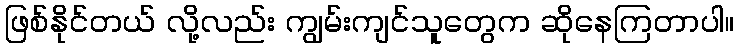
ဖြစ်နိုင်တယ် လို့လည်း ကျွမ်းကျင်သူတွေက ဆိုနေကြတာပါ။